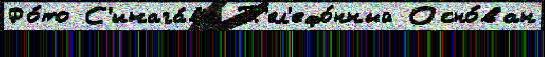
Фо́то С'инага́ва Т'ел'ефо́нный Осно́ван